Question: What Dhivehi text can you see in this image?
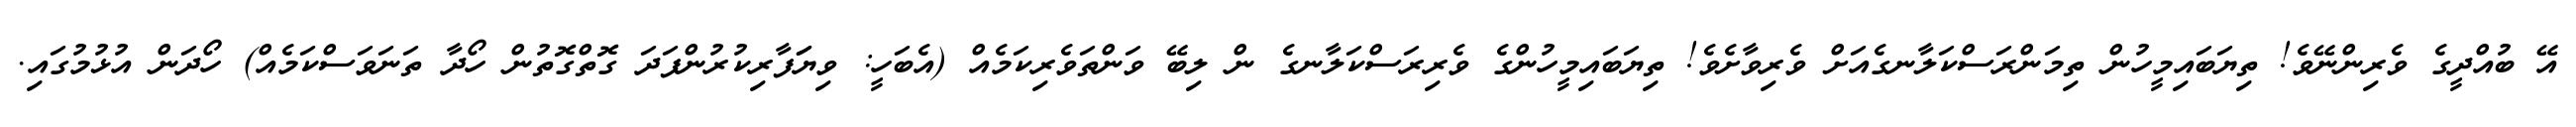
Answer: އޭ ބުއްދީގެ ވެރިންނޭވެ! ތިޔަބައިމީހުން ތިމަންރަސްކަލާނގެއަށް ވެރިވާށެވެ! ތިޔަބައިމީހުންގެ ވެރިރަސްކަލާނގެ ން ލިބޭ ވަންތަވެރިކަމެއް (އެބަހީ: ވިޔަަފާރިކުރުންފަދަ ގޮތްގޮތުން ހޯދާ ތަނަވަސްކަމެއް) ހޯދަން އުޅުމުގައި.